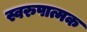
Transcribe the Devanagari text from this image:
स्वरुपात्मक